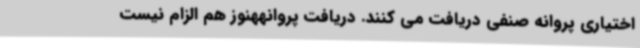
اختیاری پروانه صنفی دریافت می کنند. دریافت پروانههنوز هم الزام نیست